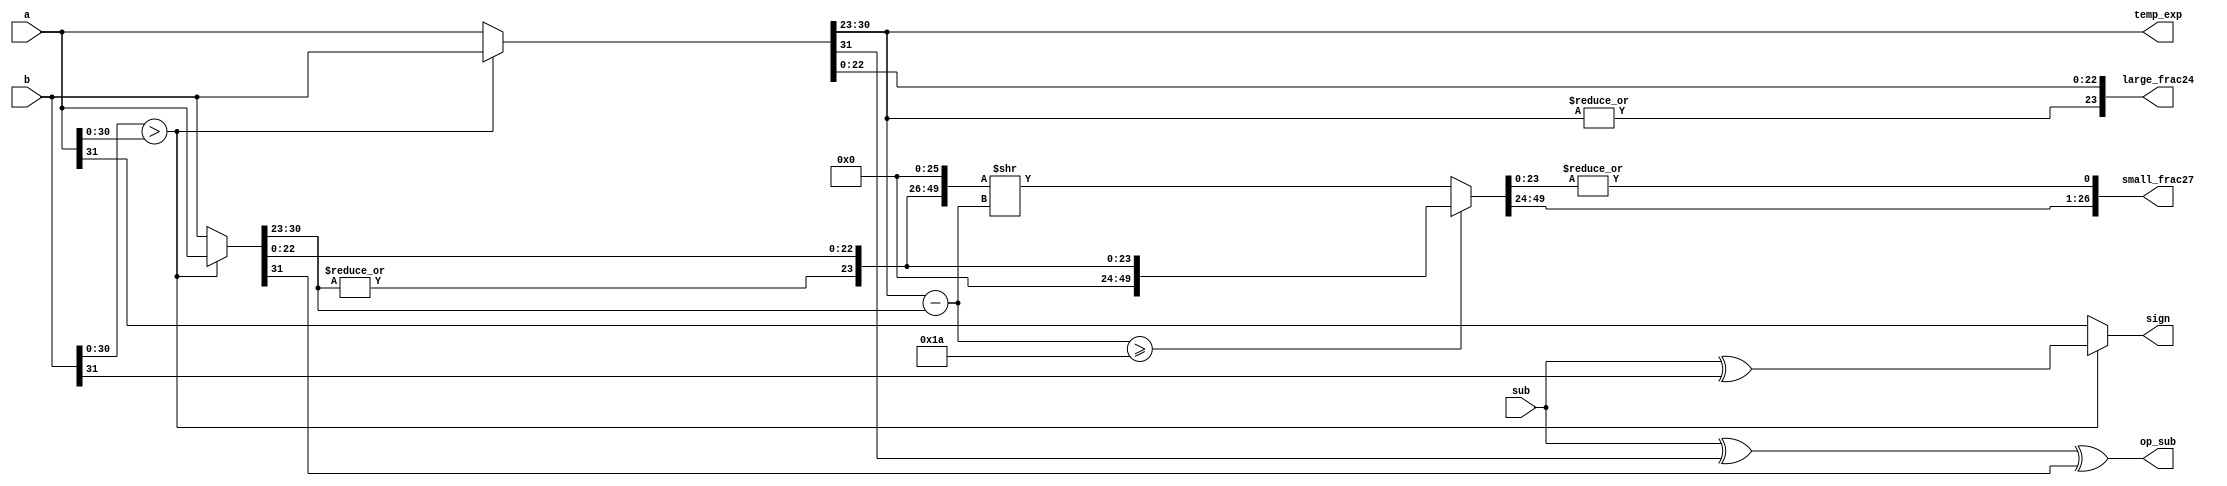
module fadd_align (		
	input [31:0] a, b,	// fp a and b
	input sub,			// add or sub
	output sign,			// result sign
	output [7:0] temp_exp,	// result exponent
	output op_sub,			// fraction operation
	output [23:0] large_frac24,		// fraction of large one
	output [26:0] small_frac27);	// fraction of small one

	// 不看sign bit,判斷a or b大
	wire exchange = (b[30:0] > a[30:0]);
	wire [31:0] fp_large = exchange? b : a;
	wire [31:0] fp_small = exchange? a : b;

	// 轉成1.f格式
	wire fp_large_hidden_bit = |fp_large[30:23];
	wire fp_small_hidden_bit = |fp_small[30:23];
	wire [23:0] large_frac24 = {fp_large_hidden_bit, fp_large[22:0]};
	wire [23:0] small_frac24 = {fp_small_hidden_bit, fp_small[22:0]};

	// 儲存較大數的exponent
	assign temp_exp = fp_large[30:23];

	// 判斷結果值正負
	assign sign = exchange ? sub^b[31] : a[31];
	
	// fraction運算使用加法或減法
	assign op_sub = sub ^ fp_large[31] ^ fp_small[31];
	
	// ea-eb
	wire [7:0] exp_diff = fp_large[30:23] - fp_small[30:23];
	
	// 計算需要位移幾位, 並且位移
	wire [49:0] small_frac50 = (exp_diff >= 26) ? 
								{26'h0, small_frac24} : 
								{small_frac24, 26'h0} >> exp_diff;
	
	// 留下24bit以及保護.循環位, 計算多出來的位數, 使用reduction OR簡化成1bit
	assign small_frac27 = {small_frac50[49:24], |small_frac50[23:0]};
endmodule